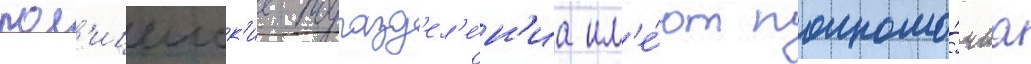
пол'ицеиск'ие подразд'ел'е́н'иа им'е́ют полномо́чиа